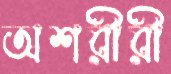
অশরীরী